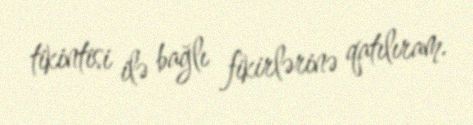
tikintisi ilə bağlı fikirlərinə qatılıram.